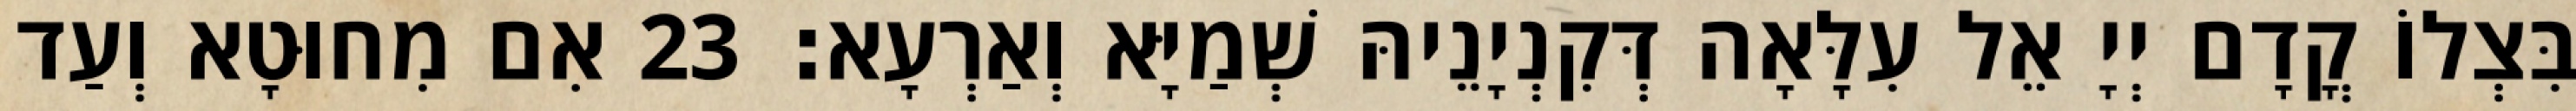
בִּצְלוֹ קֳדָם יְיָ אֵל עִלָּאָה דְּקִנְיָנֵיהּ שְׁמַיָּא וְאַרְעָא׃ 23 אִם מִחוּטָא וְעַד